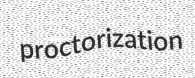
proctorization